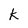
Character: k